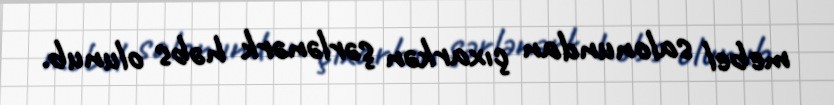
mebel salonundan çıxarkən şərlənərk həbs olunub.